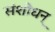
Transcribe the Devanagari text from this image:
संशोधन्